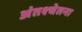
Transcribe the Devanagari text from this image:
अंतश्‍चेतना